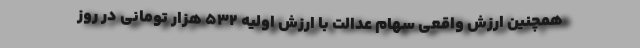
همچنین ارزش واقعی سهام عدالت با ارزش اولیه ۵۳۲ هزار تومانی در روز